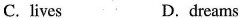
C. lives D. dreams